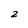
Character: 2